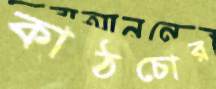
কাঠচোর